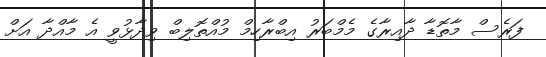
ފަރެސް މާތޮޑާ ދާއިރާގެ މެމްބަރު އިބްރާހިމް މުއްތޮލިބް ވިދާޅުވީ އެ މާއްދާ އަށް